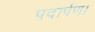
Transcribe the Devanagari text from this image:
पदार्पण।